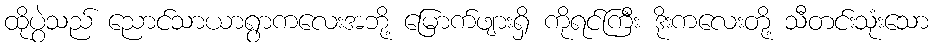
ထိုပွဲသည် ညောင်သာယာရွာကလေးအဘို့ မြောက်ဖျားရှိ ကိုရင်ကြီး ဒိုးကလေးတို့ သီတင်းသုံးသော